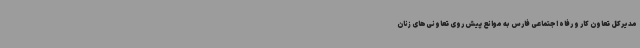
مدیرکل تعاون کار و رفاه اجتماعی فارس به موانع پیش روی تعاونی‌های زنان